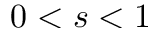
0 < s < 1